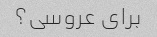
برای عروسی؟